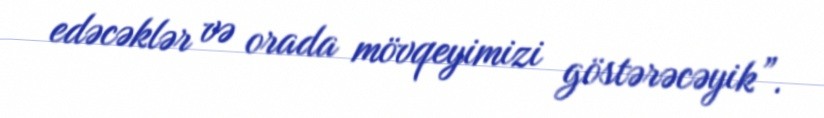
edəcəklər və orada mövqeyimizi göstərəcəyik”.